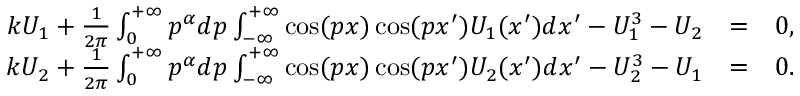
\begin{array} { r l r } { k U _ { 1 } + \frac { 1 } { 2 \pi } \int _ { 0 } ^ { + \infty } p ^ { \alpha } d p \int _ { - \infty } ^ { + \infty } \cos ( p x ) \cos ( p x ^ { \prime } ) U _ { 1 } ( x ^ { \prime } ) d x ^ { \prime } - U _ { 1 } ^ { 3 } - U _ { 2 } } & { = } & { 0 , } \\ { k U _ { 2 } + \frac { 1 } { 2 \pi } \int _ { 0 } ^ { + \infty } p ^ { \alpha } d p \int _ { - \infty } ^ { + \infty } \cos ( p x ) \cos ( p x ^ { \prime } ) U _ { 2 } ( x ^ { \prime } ) d x ^ { \prime } - U _ { 2 } ^ { 3 } - U _ { 1 } } & { = } & { 0 . } \end{array}